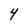
Character: 4